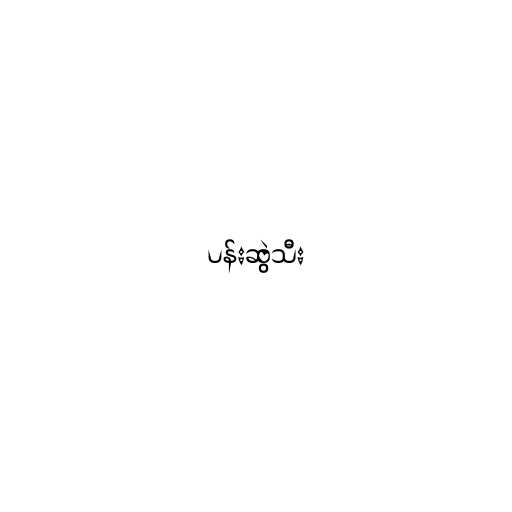
ပန်းဆွဲသီး